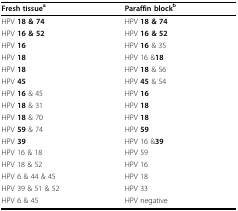
| Fresh tissuea | Paraffin blockb |
 | --- | --- |
 | HPV 18 & 74 | HPV 18 & 74 |
 | HPV 16 & 52 | HPV 16 & 52 |
 | HPV 16 | HPV 16 & 35 |
 | HPV 18 | HPV 16 &18 |
 | HPV 18 | HPV 18 & 56 |
 | HPV 45 | HPV 45 & 54 |
 | HPV 16 & 45 | HPV 16 |
 | HPV 18 & 31 | HPV 18 |
 | HPV 18 & 70 | HPV 18 |
 | HPV 59 & 74 | HPV 59 |
 | HPV 39 | HPV 16 &39 |
 | HPV 16 & 18 | HPV 59 |
 | HPV 18 & 52 | HPV 16 |
 | HPV 6 & 44 & 45 | HPV 18 |
 | HPV 39 & 51 & 52 | HPV 33 |
 | HPV 6 & 45 | HPV negative |